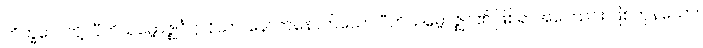
ဘိက္ခဝေ၊ တို့။ ပီတိသမ္ဗောဇ္ဈင်္ဂဋ္ဌာနိယာ၊ နောက်နောက်သော ပီတိသမ္ဗောဇ္ဈင်၏ ဖြစ်ရာအကြောင်း ဖြစ်ကုန်သော။